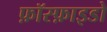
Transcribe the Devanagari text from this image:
फ़ॉस्फ़ाइडो